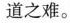
道之难。